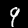
Digit: 9